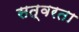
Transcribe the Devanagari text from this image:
सत्वरता